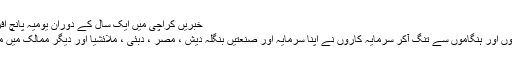
خبریں کراچی میں ایک سال کے دوران یومیہ پانچ افراد ہلاک اگست 01, 2011
کراچی میں آئے دن کی ہڑتالوں اور ہنگاموں سے تنگ آکر سرمایہ کاروں نے اپنا سرمایہ اور صنعتیں بنگلہ دیش ، مصر ، دبئی ، ملائشیا اور دیگر ممالک میں منتقل کرنا شروع کردی ہیں ۔